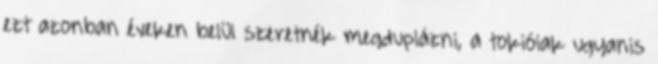
ezt azonban éveken belül szeretnék megduplázni, a tokióiak ugyanis